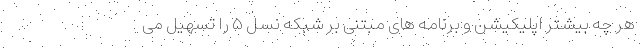
هر چه بیشتر اپلیکیشن و برنامه های مبتنی بر شبکه نسل ۵ را تسهیل می